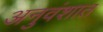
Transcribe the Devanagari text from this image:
अनुवंशात